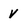
Character: V